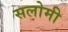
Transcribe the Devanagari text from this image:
सलोमी